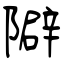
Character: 隦